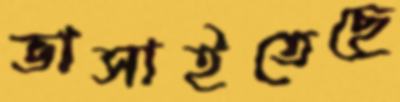
ভাসাইতেছে